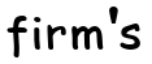
firm's